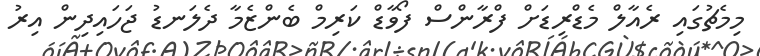
މިމެޗުގައި ރެއާލް މެޑްރިޑަށް ފްރާންސް ފޯވާޑް ކަރިމް ބެންޒެމާ ދެލަނޑު ޖަހައިދިން އިރު